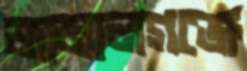
জামালগঞ্জে